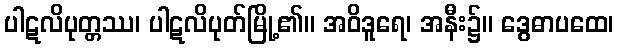
ပါဋလိပုတ္တဿ၊ ပါဋလိပုတ်မြို့၏။ အဝိဒူရေ၊ အနီး၌။ ဒွေဓာပထေ၊